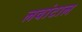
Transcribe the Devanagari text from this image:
लवांटाल